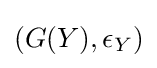
(G(Y),\epsilon _{Y})